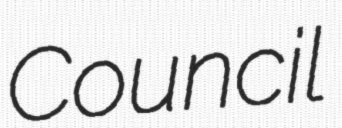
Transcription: Council